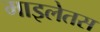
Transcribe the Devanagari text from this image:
माइलेतस